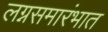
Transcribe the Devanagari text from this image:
लग्नसमारंभात